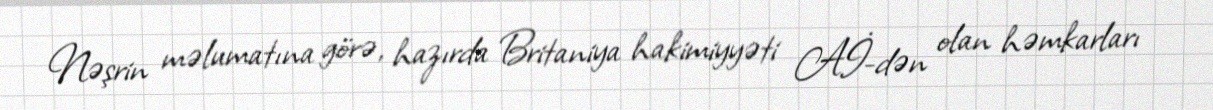
Nəşrin məlumatına görə, hazırda Britaniya hakimiyyəti Aİ-dən olan həmkarları